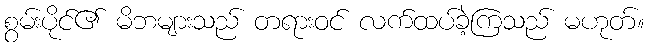
စွမ်းပိုင်၏ မိဘများသည် တရားဝင် လက်ထပ်ခဲ့ကြသည် မဟုတ်။